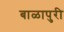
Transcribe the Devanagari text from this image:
बाळापुरी